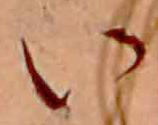
い